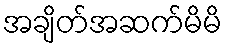
အချိတ်အဆက်မိမိ